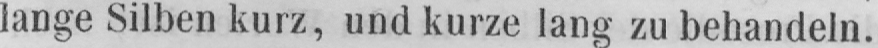
lange Silben kurz, und kurze lang zu behandeln.